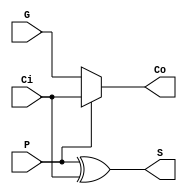
///////// CARRY CHAIN /////////

/* verilator lint_off DECLFILENAME */
/* verilator lint_off UNOPTFLAT */
module carry_chain_single (
        input P, 
        input G, 
        input Ci,
        output Co, 
        output S
    );

    assign Co = P ? Ci : G;
    assign S  = P ^ Ci;
endmodule

module carry_chain #(
        parameter INPUTS=4
    ) (
        input  [INPUTS-1:0] P,
        input  [INPUTS-1:0] G,
        output [INPUTS-1:0] S,
        input  Ci,
        output Co
    );

    wire [INPUTS:0] C;
    assign C[0] = Ci;
    assign Co = C[INPUTS];

    generate 
        genvar i;
        for (i = 0; i < INPUTS; i=i+1) begin
            carry_chain_single cc1 (
                .P(P[i]),
                .G(G[i]),
                .S(S[i]),
                .Ci(C[i]),
                .Co(C[i+1])
            );
        end
    endgenerate
endmodule

/* lint_on */